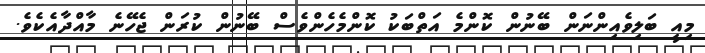
މިއީ ބަލިވެއިންނަން ބޭނުން ކޮންމެ އަތްބަކު ކޮންމެހެންވެސް ބޭނުން ކުރަން ޖެހޭނެ މާއްދާއެކެވެ.